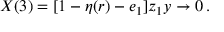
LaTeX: X ( 3 ) = [ 1 - \eta ( r ) - e _ { 1 } ] z _ { 1 } y \to 0 \, .